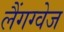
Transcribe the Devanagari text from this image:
लैंगग्वेज